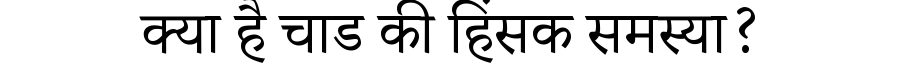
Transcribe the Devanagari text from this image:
क्या है चाड की हिंसक समस्या?